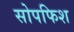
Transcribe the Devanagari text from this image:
सोपफिश